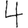
Digit: 4